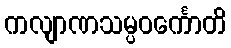
ကလျာဏသမ္ပဝင်္ကောတိ